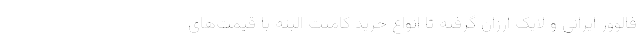
فالوور ایرانی و لایک ارزان گرفته تا انواع خرید کامنت البته با قیمت‌های